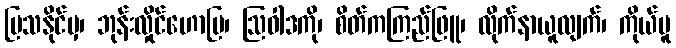
ပြသနိုင်မှ၊ ဘုန်းလှိုင်ဟောပြ၊ ဩဝါဒကို၊ စိတ်ကကြည်ဖြူ၊ လိုက်နာယူလျက်၊ ကိုယ်မူ